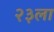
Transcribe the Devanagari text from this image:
२३ला